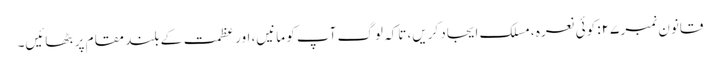
قانون نمبر ۲۷: کوئی نعرہ ، مسلک ایجاد کریں، تاکہ لوگ آپ کو مانیں، اور عظمت کے بلند مقام پر بٹھائیں۔